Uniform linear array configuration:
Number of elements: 48
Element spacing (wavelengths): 1
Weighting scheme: kaiser
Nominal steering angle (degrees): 0
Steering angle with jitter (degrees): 1.66
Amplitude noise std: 0.05
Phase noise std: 0.05

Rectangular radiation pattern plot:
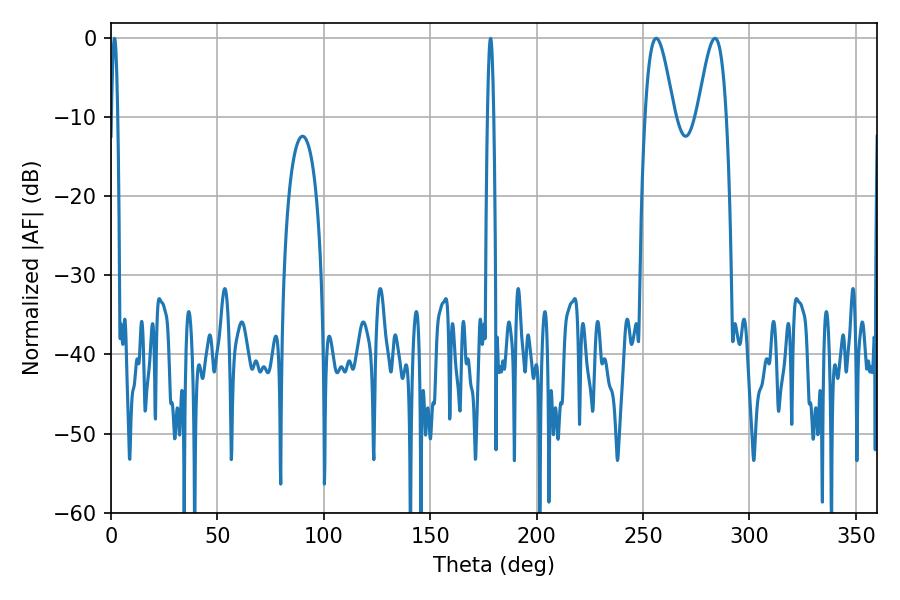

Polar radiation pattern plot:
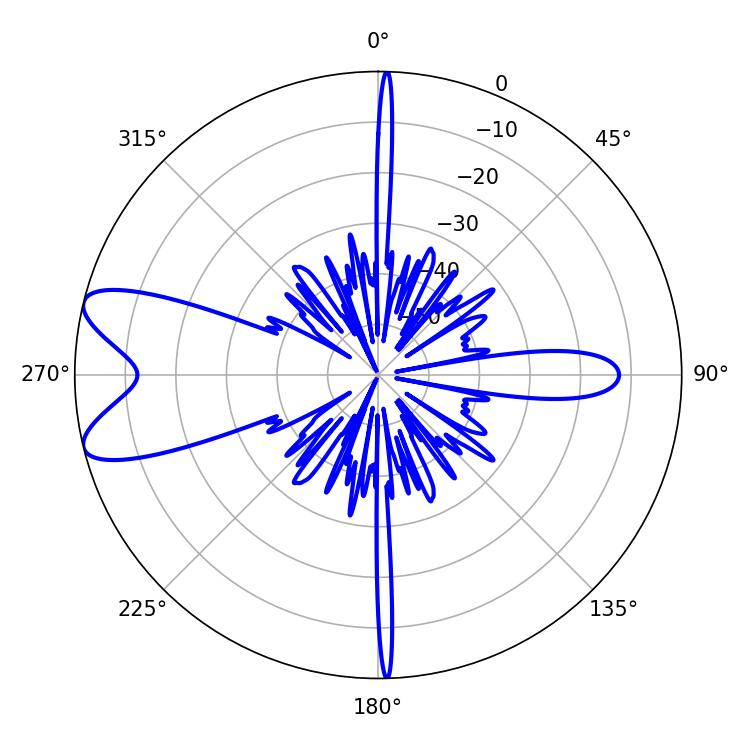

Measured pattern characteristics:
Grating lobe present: TRUE
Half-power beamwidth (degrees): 7.2
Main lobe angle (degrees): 256.14